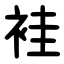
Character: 袿